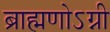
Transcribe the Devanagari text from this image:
ब्राह्मणोऽग्नी